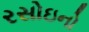
રસોઇનો